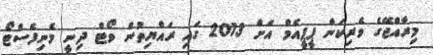
މިރާއްޖޭގެ ވެރިކަން ޕީޕީއެމް އަށް 2013 ގައި ރައްޔިތުން ވޯޓް ދިނީ މެނިފެސްޓޯ